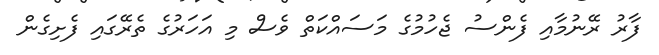
ފާރު ރޭނުމާއި ފެންސު ޖެހުމުގެ މަސައްކަތް ވެސް މި އަހަރުގެ ތެރޭގައި ފެށިގެން